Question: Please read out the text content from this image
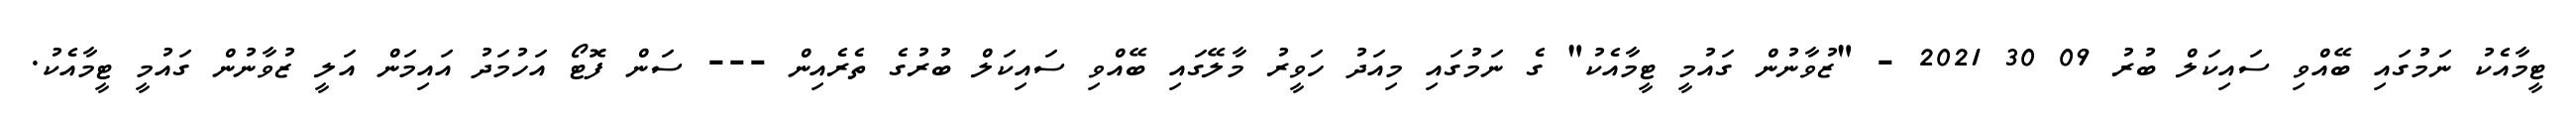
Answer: ޓީމާއެކު ނަމުގައި ބޭއްވި ސައިކަލް ބުރު 09 30 2021 - "ޒުވާނުން ގައުމީ ޓީމާއެކު" ގެ ނަމުގައި މިއަދު ހަވީރު މާލޭގައި ބޭއްވި ސައިކަލް ބުރުގެ ތެރެއިން --- ސަން ފޮޓޯ އަހުމަދު އައިމަން އަލީ ޒުވާނުން ގައުމީ ޓީމާއެކު.